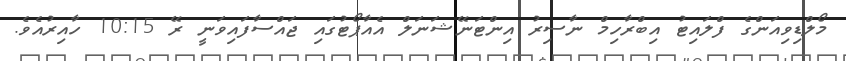
މޯލްޑިވިއަންގެ ފްލައިޓު އިބްރާހިމް ނާސިރު އިންޓަނޭޝަނަލް އެއާޕޯޓުގައި ޖައްސާފައިވަނީ ރޭ 10:15 ހާއިރުއެވެ.